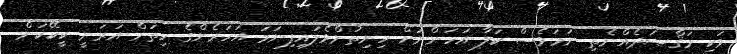
ވަކި މަޤްޞަދެއްނެތި ނަމަވެސް ކަލާ އަހަންނަށް ހިނިތުންވެލައިފިނަމަ އަހަރެންގެ ހިތަށް އަރަނީ ކީކޭކަން